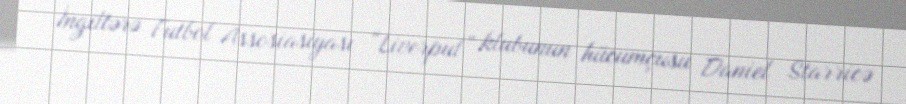
İngiltərə Futbol Assosiasiyası “Liverpul” klubunun hücumçusu Daniel Starricə